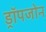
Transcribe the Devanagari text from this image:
ड्रॉपजोन